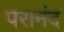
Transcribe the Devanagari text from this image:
परानंद